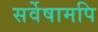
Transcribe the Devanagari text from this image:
सर्वेषामपि